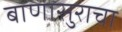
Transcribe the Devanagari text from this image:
बाणासुराचा